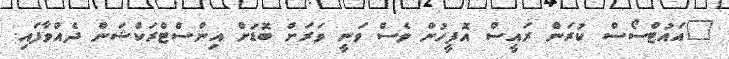
"އައުޓްސޯސް ކުރަން ރައީސް އޮފީހުން ވެސް ވަނީ ވަރަށް ބޮޑަށް އިންސްޓްރަކްޝަން ދެއްވާފައި.